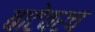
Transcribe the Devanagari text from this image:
बाटेवरच